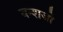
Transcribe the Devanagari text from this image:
वन्शजो